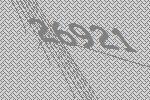
26921